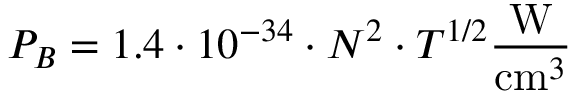
P _ { B } = 1 . 4 \cdot 1 0 ^ { - 3 4 } \cdot N ^ { 2 } \cdot T ^ { 1 / 2 } { \frac { \mathrm { W } } { \mathrm { c m } ^ { 3 } } }